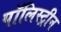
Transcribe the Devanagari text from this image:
पॉलिस्ट्रीन